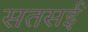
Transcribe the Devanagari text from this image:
सतसईं